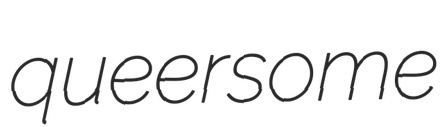
queersome